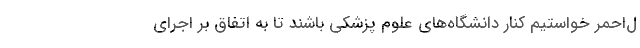
ل‌احمر خواستیم کنار دانشگاه‌های علوم پزشکی باشند تا به اتفاق بر اجرای